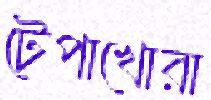
টেপাখোরা